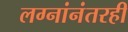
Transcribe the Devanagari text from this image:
लग्नांनंतरही